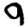
Digit: 9